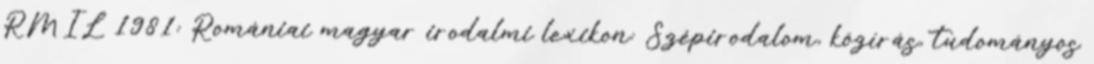
RMIL 1981: Romániai magyar irodalmi lexikon: Szépirodalom, közírás, tudományos